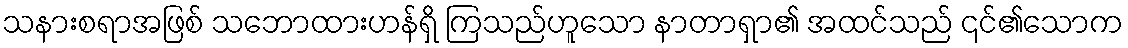
သနားစရာအဖြစ် သဘောထားဟန်ရှိ ကြသည်ဟူသော နာတာရှာ၏ အထင်သည် ၎င်၏သောက